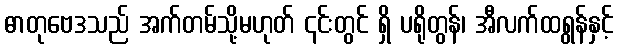
ဓာတုဗေဒသည် အက်တမ်သို့မဟုတ် ၎င်းတွင် ရှိ ပရိုတွန်၊ အီလက်ထရွန်နှင့်